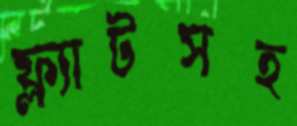
ফ্ল্যাটসহ